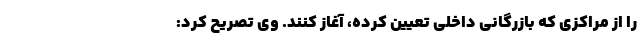
را از مراکزی که بازرگانی داخلی تعیین کرده، آغاز کنند. وی تصریح کرد: